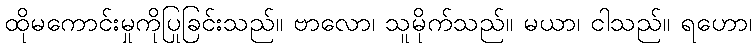
ထိုမကောင်းမှုကိုပြုခြင်းသည်။ ဗာလော၊ သူမိုက်သည်။ မယာ၊ ငါသည်။ ရဟော၊